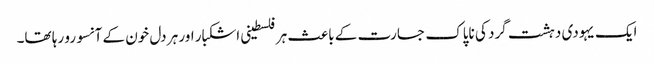
ایک یہودی دہشت گرد کی ناپاک جسارت کے باعث ہرفلسطینی اشکبار اور ہر دل خون کے آنسو رو رہا تھا۔